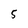
Character: 5